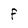
Character: F